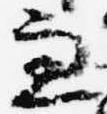
兼